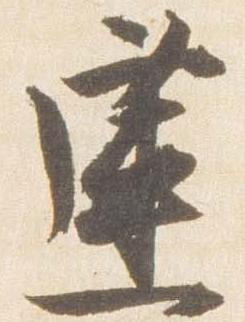
蓮